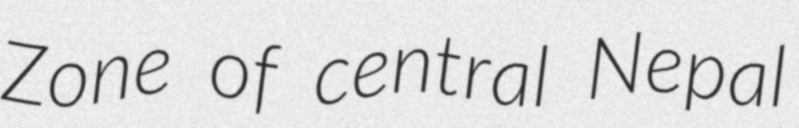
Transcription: Zone of central Nepal